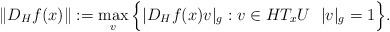
LaTeX: \begin{align*}\|D_Hf(x)\|:=\max_{v} \Big\{|D_Hf(x)v|_g:v\in HT_xU\ \ |v|_g=1\Big\}. \end{align*}